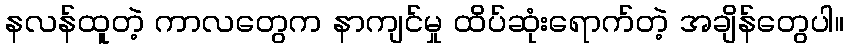
နလန်ထူတဲ့ ကာလတွေက နာကျင်မှု ထိပ်ဆုံးရောက်တဲ့ အချိန်တွေပါ။